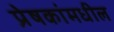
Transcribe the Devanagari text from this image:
प्रेषकांमधील